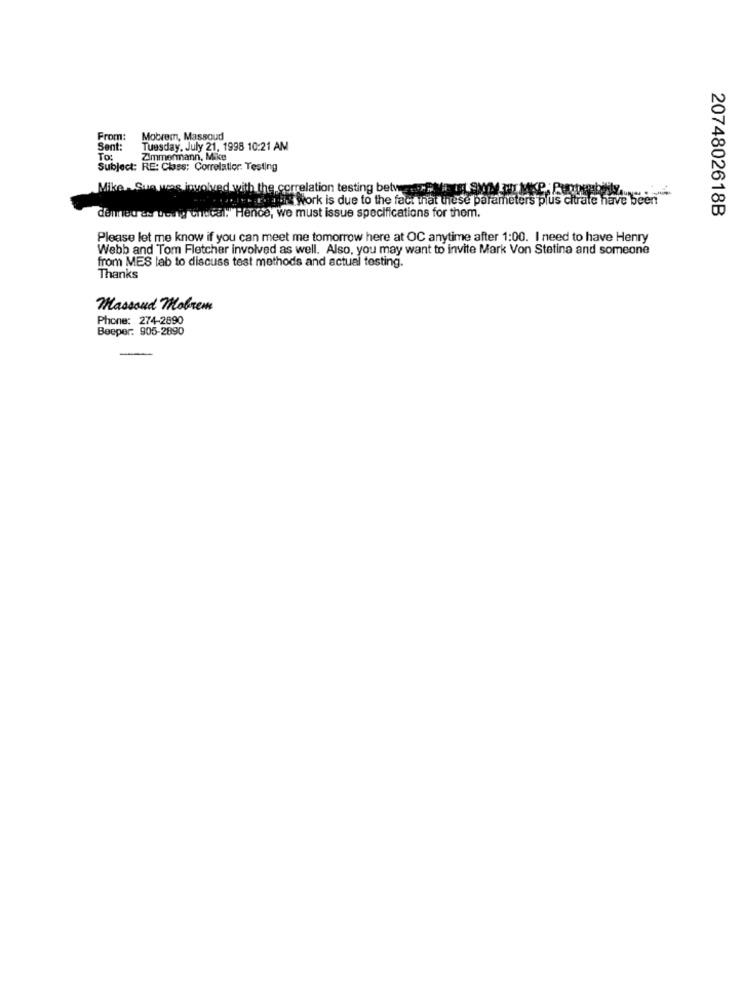
From:
Mobrem, Massoud
Sent:
Tuesday, July 21, 1998 10:21 AM
To:
Zimmermann, Mike
Subject: RE: Class: Correlatior: Testing
Mike. Sue ums involved with the correlation testing betwen PINest Synd en Mike Pompeo
this work is due to the fact that these parameters plus citrate have been
denneu as tes ig onucal." Hence, we must issue specifications for them.
2074802618B
Please let me know if you can meet me tomorrow here at OC anytime after 1:00. I need to have Henry
Webb and Tom Fletcher involved as well. Also, you may want to invite Mark Von Stetina and someone
from MES lab to discuss test methods and actual testing.
Thanks
Massoud Mokrem
Phone: 274-2890
Beeper: 905-2890